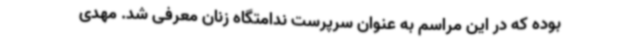
بوده که در این مراسم به عنوان سرپرست ندامتگاه زنان معرفی شد. مهدی